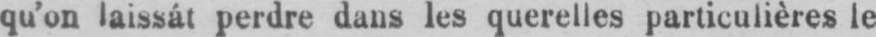
qu’on laissât perdre dans les querelles particulières le